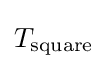
T_{\text{square}}